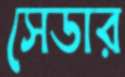
সেডার